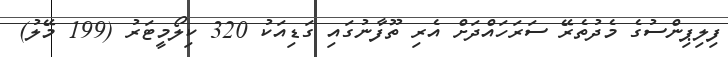
ފިލިޕިންސުގެ މެދުތެރޭ ސަރަހައްދަށް އެރި ތޫފާނުގައި ގަޑިއަކު 320 ކިލޯމީޓަރު (199 މޭލު)